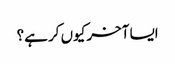
ایسا آخر کیوں کر ہے؟